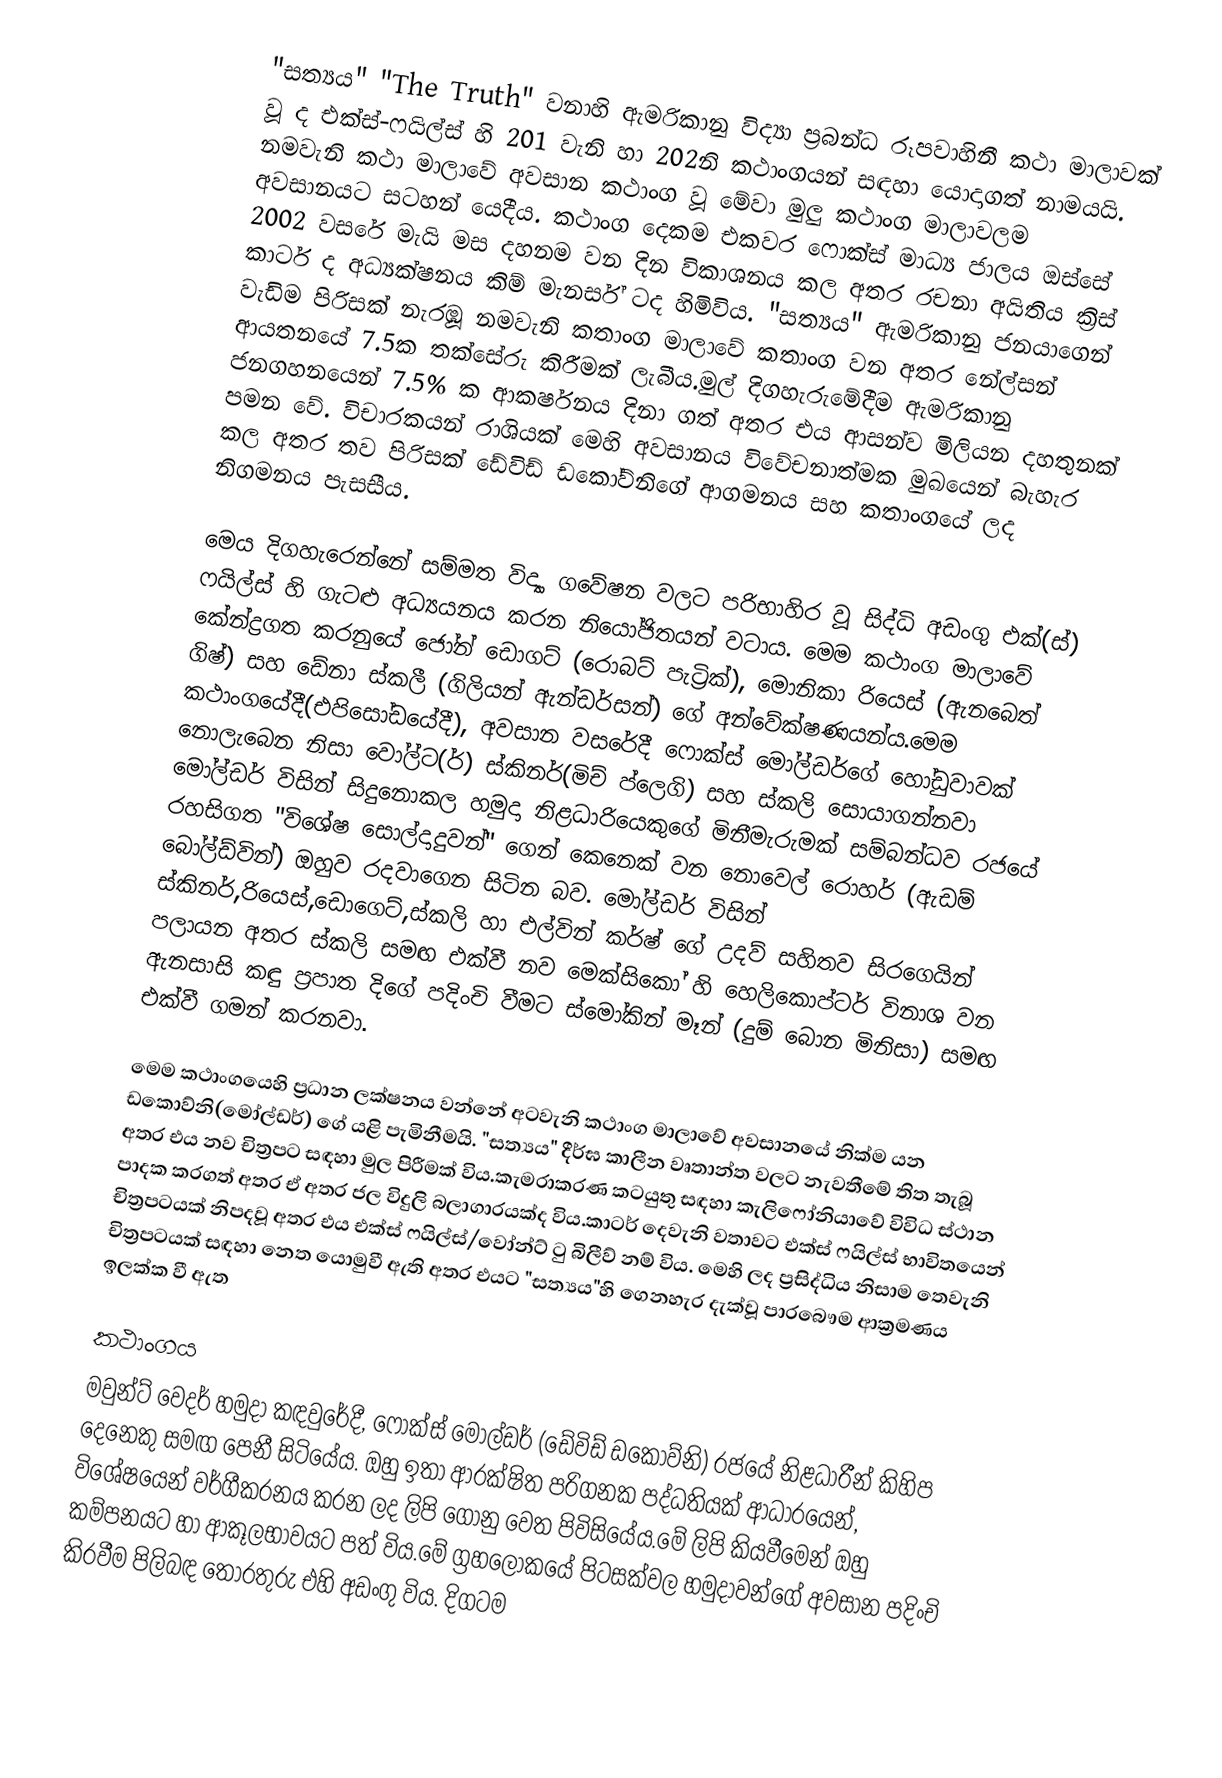
"සත්‍යය" "The Truth" වනාහි ඇමරිකානු විද්‍යා ප්‍රබන්ධ රූපවාහිනී කථා මාලාවක් වූ ද එක්ස්-ෆයිල්ස් හි 201 වැනි හා 202නි කථාංගයන් සඳහා යොදාගත් නාමයයි. නමවැනි කථා මාලාවේ අවසාන කථාංග වූ මේවා මුලු කථාංග මාලාවලම අවසානයට සටහන් යෙදීය. කථාංග දෙකම එකවර ෆොක්ස් මාධ්‍ය ජාලය ඔස්සේ 2002 වසරේ මැයි මස දහනම වන දින විකාශනය කල අතර රචනා අයිතිය ක්‍රිස් කාටර් ද අධ්‍යක්ෂනය කිම් මැනර්ස් ටද හිමිවිය. "සත්‍යය" ඇමරිකානු ජනයාගෙන් වැඩිම පිරිසක් නැරඹූ නමවැනි කතාංග මාලාවේ කතාංග වන අතර නේල්සන් ආයතනයේ 7.5ක තක්සේරු කිරීමක් ලැබීය.මුල් දිගහැරුමේදීම ඇමරිකානු ජනගහනයෙන් 7.5% ක ආකර්ෂනය දිනා ගත් අතර එය ආසන්ව මිලියන දහතුනක් පමන වේ. විචාරකයන් රාශියක් මෙහි අවසානය විවේචනාත්මක මුඛයෙන් බැහැර කල අතර තව පිරිසක් ඩේවිඩ් ඩකෝව්නිගේ ආගමනය සහ කතාංගයේ ලද නිගමනය පැසසීය.

මෙය දිගහැරෙන්නේ සම්මත විද්‍යා ගවේෂන වලට පරිභාහිර වූ සිද්ධි අඩංගු එක්(ස්) ෆයිල්ස් හි ගැටළු අධ්‍යයනය කරන නියෝජිතයන් වටාය. මෙම කථාංග මාලාවේ කේන්ද්‍රගත කරනුයේ ජෝන් ඩොගට් (රොබට් පැට්‍රික්), මොනිකා රියෙස් (ඇනබෙත් ගිෂ්) සහ ඩේනා ස්කලී (ගිලියන් ඇන්ඩර්සන්) ගේ අන්වේක්ෂණයන්ය.මෙම කථාංගයේදී(එපිසෝඩයේදී), අවසාන වසරේදී ෆොක්ස් මෝල්ඩර්ගේ හෝඩුවාවක් නොලැබෙන නිසා වෝල්ට(ර්) ස්කිනර්(මිච් ප්ලෙගි) සහ ස්කලි සොයාගන්නවා මෝල්ඩර් විසින් සිදුනොකල හමුදා නිළධාරියෙකුගේ මිනීමැරුමක් සම්බන්ධව රජයේ රහසිගත "විශේෂ සොල්දාදුවන්" ගෙන් කෙනෙක් වන නොවෙල් රොහර් (ඇඩම් බෝල්ඩ්වින්) ඔහුව රදවාගෙන සිටින බව. මෝල්ඩර් විසින් ස්කිනර්,රියෙස්,ඩොගෙට්,ස්කලි හා එල්වින් කර්ෂ් ගේ උදව් සහිතව සිරගෙයින් පලායන අතර ස්කලි සමඟ එක්වී නව මෙක්සිකෝ හි හෙලිකොප්ටර්  විනාශ  වන ඇනසාසි  කඳු ප්‍රපාත දිගේ පදිංචි වීමට ස්මෝකින් මෑන් (දුම් බොන මිනිසා) සමඟ එක්වී ගමන් කරනවා.

මෙම කථාංගයෙහි ප්‍රධාන ලක්ෂනය වන්නේ අටවැනි කථාංග මාලාවේ අවසානයේ නික්ම යන ඩකොව්නි(මෝල්ඩර්) ගේ යළි පැමිනීමයි. "සත්‍යය" දීර්ඝ කාලීන වෘතාන්ත වලට නැවතීමේ තිත තැබූ අතර එය නව චිත්‍රපට සඳහා මුල පිරීමක් විය.කැමරාකරණ කටයුතු  සඳහා කැලිෆෝනියාවේ විවිධ ස්ථාන පාදක කරගත් අතර ඒ අතර ජල විදුලි බලාගාරයක්ද විය.කාටර් දෙවැනි වතාවට එක්ස් ෆයිල්ස් භාවිතයෙන් චිත්‍රපටයක් නිපදවූ අතර එය එක්ස් ෆයිල්ස්/වෝන්ට් ‍ටු බිලීව් නම් විය. මෙහි ලද ප්‍රසිද්ධිය නිසාම තෙවැනි චිත්‍රපටයක් සඳහා නෙත යොමුවී ඇති අතර එයට "සත්‍යය"හි ගෙනහැර දැක්වූ පාරබෞම ආක්‍රමණය ඉලක්ක වී ඇත

කථාංගය
මවුන්ට් වෙදර් හමුදා කඳවුරේදී, ෆොක්ස් මෝල්ඩර් (ඩේවිඩ් ඩකොව්නි) රජයේ නිළධාරීන් කිහිප දෙනෙකු සමඟ පෙනී සිටියේය. ඔහු ඉතා ආරක්ෂිත පරිගනක පද්ධතියක් ආධාරයෙන්, විශේෂයෙන් වර්ගීකරනය කරන ලද ලිපි ගොනු වෙත පිවිසියේය.මේ ලිපි කියවීමෙන් ඔහු කම්පනයට හා ආකූලභාවයට පත් විය.මේ ග්‍රහලෝකයේ පිටසක්වල හමුදාවන්ගේ අවසාන පදිංචි කිරවීම පිලිබඳ තොරතුරු එහි අඩංගු විය. දිගටම